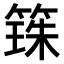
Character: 𫂒